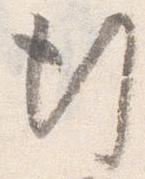
行